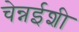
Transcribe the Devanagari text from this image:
चेन्नईशी